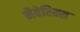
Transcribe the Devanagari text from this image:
मैवेरिक्स